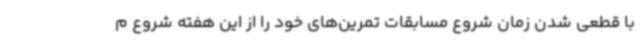
با قطعی شدن زمان شروع مسابقات تمرین‌های خود را از این هفته شروع م